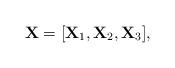
LaTeX: \begin{align*}\mathbf{X}=[\mathbf{X}_1,\mathbf{X}_2, \mathbf{X}_3],\end{align*}